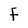
Character: F